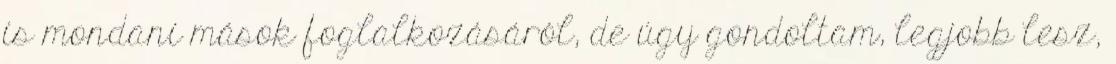
is mondani mások foglalkozásáról, de úgy gondoltam, legjobb lesz,